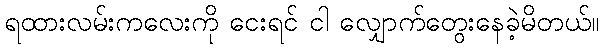
ရထားလမ်းကလေးကို ငေးရင် ငါ လျှောက်တွေးနေခဲ့မိတယ်။